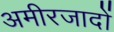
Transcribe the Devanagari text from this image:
अमीरजादों